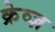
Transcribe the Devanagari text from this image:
क्रेव्ज़